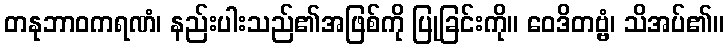
တနုဘာဝကရဏံ၊ နည်းပါးသည်၏အဖြစ်ကို ပြုခြင်းကို။ ဝေဒိတဗ္ဗံ၊ သိအပ်၏။